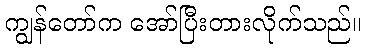
ကျွန်တော်က အော်ပြီးတားလိုက်သည်။